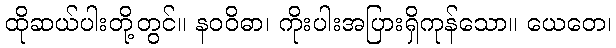
ထိုဆယ်ပါးတို့တွင်။ နဝဝိဓာ၊ ကိုးပါးအပြားရှိကုန်သော။ ယေတေ၊